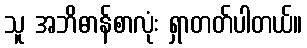
သူ အဘိဓာန်စာလုံး ရှာတတ်ပါတယ်။